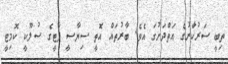
ތިބީ ސަރުކާަރުގެ އަތްދަށުގަ އެވެ. ބާރުތައް އޮތީ ސިޔާސީ ޕާޓީގެ ސުލޫކީ ކޮމިޓީ